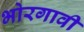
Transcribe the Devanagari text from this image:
भोरगावी